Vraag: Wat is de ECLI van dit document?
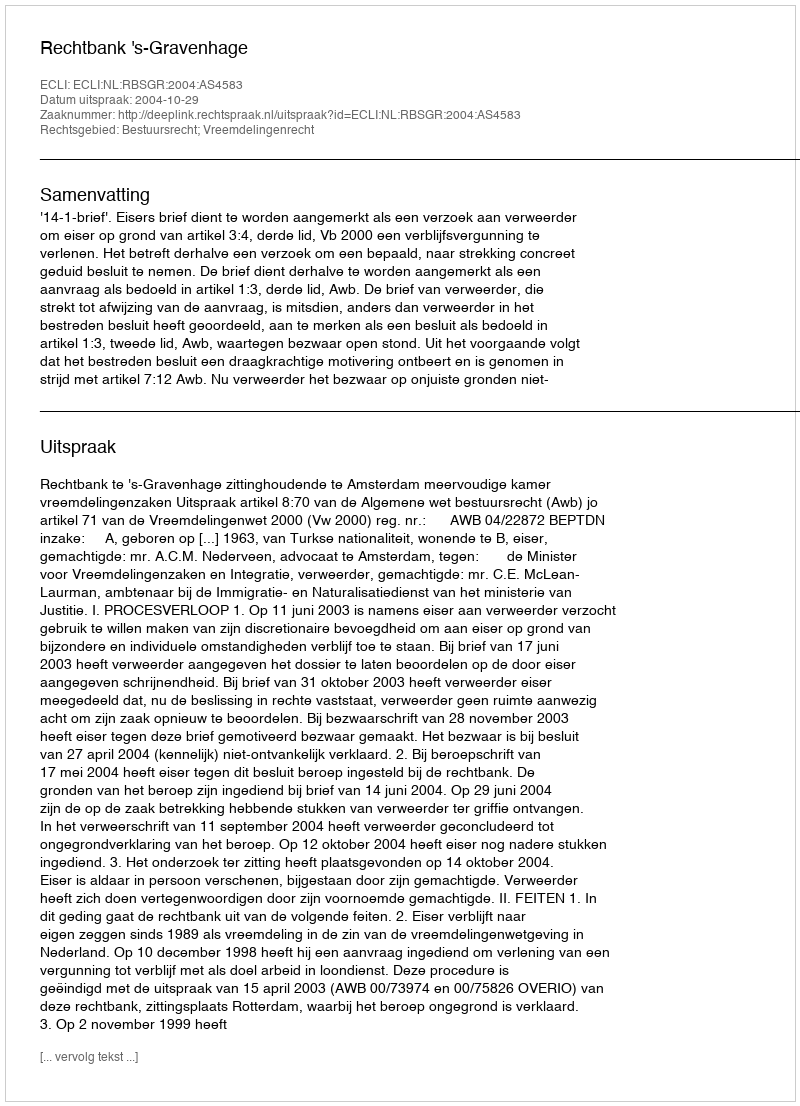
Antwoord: ECLI:NL:RBSGR:2004:AS4583